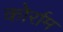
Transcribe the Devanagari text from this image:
कोर्राम